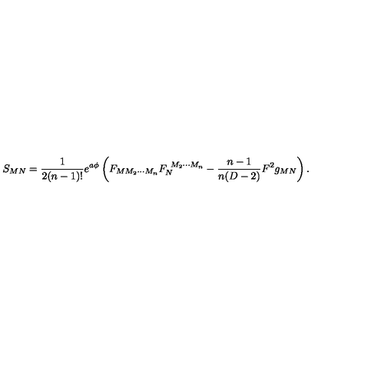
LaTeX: S _ { M N } = { \frac { 1 } { 2 ( n - 1 ) ! } } e ^ { a \phi } \left( F _ { M M _ { 2 } \cdots M _ { n } } F _ { N } ^ { \ M _ { 2 } \cdots M _ { n } } - { \frac { n - 1 } { n ( D - 2 ) } } F ^ { 2 } g _ { M N } \right) .